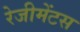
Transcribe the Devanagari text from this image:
रेजीमेंटस